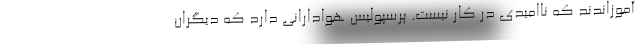
آموزاندند که ناامیدی در کار نیست. پرسپولیس هوادارانی دارد که دیگران